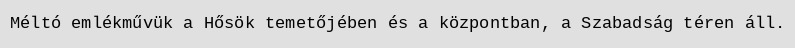
Méltó emlékművük a Hősök temetőjében és a központban, a Szabadság téren áll.